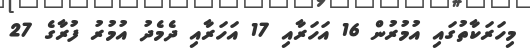
މިހަރަކާތުގައި އުމުރުން 16 އަހަރާއި 17 އަހަރާއި ދެމެދު އުމުރު ފުރާގެ 27